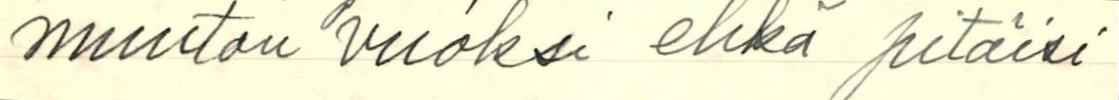
muuton vuoksi ehkä pitäisi